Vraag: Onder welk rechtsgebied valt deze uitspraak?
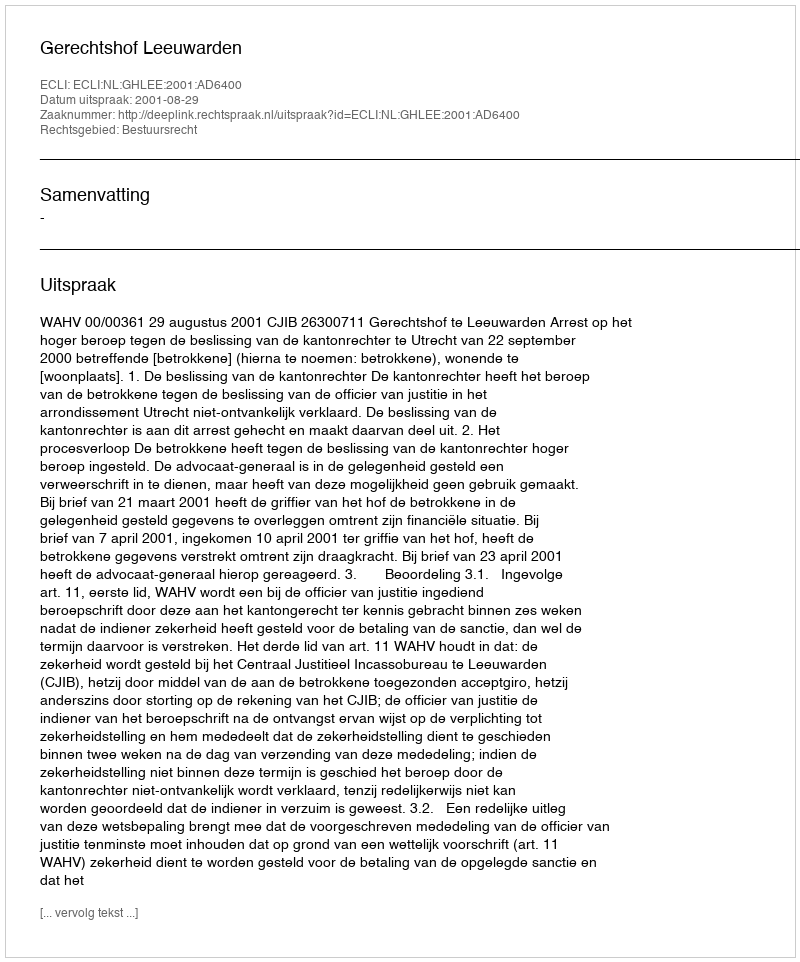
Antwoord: Bestuursrecht